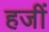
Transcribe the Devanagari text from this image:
हजीं